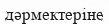
дәрмектеріне